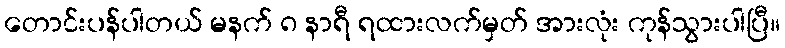
တောင်းပန်ပါတယ် မနက် ၈ နာရီ ရထားလက်မှတ် အားလုံး ကုန်သွားပါပြီ။